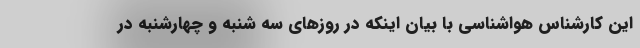
این کارشناس هواشناسی با بیان اینکه در روزهای سه شنبه و چهارشنبه در